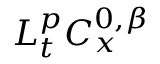
L _ { t } ^ { p } C _ { x } ^ { 0 , \beta }